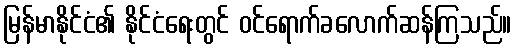
မြန်မာနိုင်ငံ၏ နိုင်ငံရေးတွင် ဝင်ရောက်ခလောက်ဆန်ကြသည်။